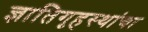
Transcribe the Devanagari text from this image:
ज्ञातिगृहस्थांचा